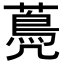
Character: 𦽏